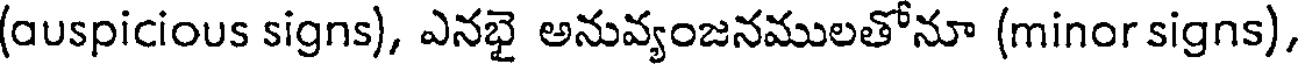
(auspicious signs), ఎనభై అనువ్యంజనములతోనూ (minor signs),